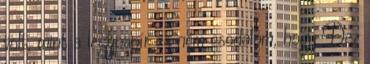
volt, mint a légypapír és nem csodálom, hogy Dez